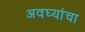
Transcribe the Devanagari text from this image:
अवघ्यांचा